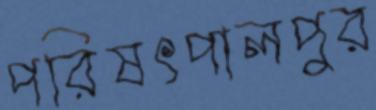
পরিষৎপালপুর